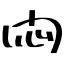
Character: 悶